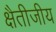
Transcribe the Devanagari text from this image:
क्षैतीजीय